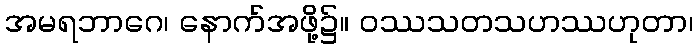
အမရဘာဂေ၊ နောက်အဖို့၌။ ဝဿသတသဟဿဟုတာ၊